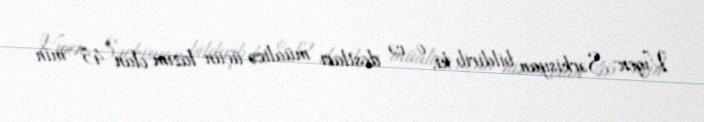
Vigen Sərkisyan bildirib ki, o və dostları müalicə üçün lazım olan 45 min